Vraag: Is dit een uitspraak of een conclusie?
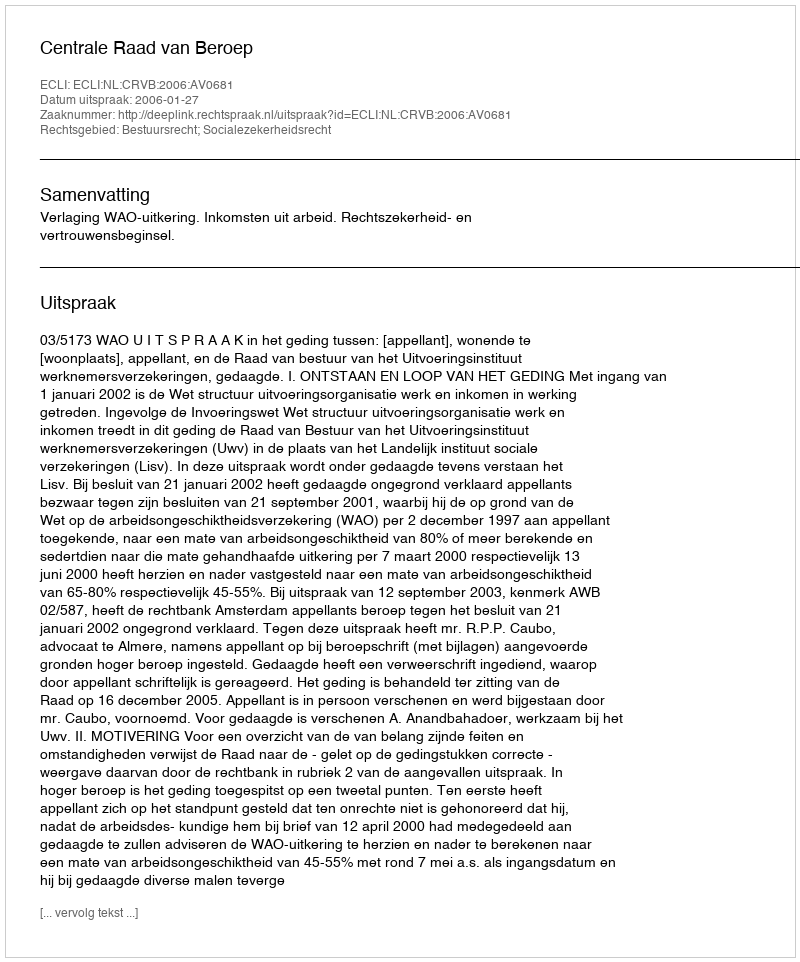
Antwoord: Uitspraak